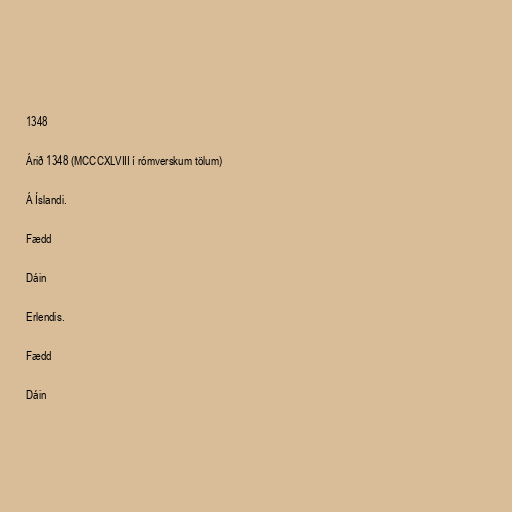
1348

Árið 1348 (MCCCXLVIII í rómverskum tölum)

Á Íslandi.

Fædd

Dáin

Erlendis.

Fædd

Dáin